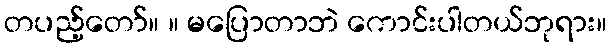
တပည့်တော်။ ။ မပြောတာဘဲ ကောင်းပါတယ်ဘုရား။